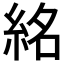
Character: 𥿨